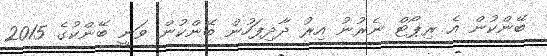
ބޭންކުން އެ ރިޕޯޓް ނެރުނު އިރު ދާދިފަހުން ބޭންކުން ވަނީ ބޭންކުގެ 2015